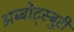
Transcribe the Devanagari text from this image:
अब्बोट्स्बुरी